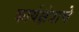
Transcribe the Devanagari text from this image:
कार्यक्षेत्राचे